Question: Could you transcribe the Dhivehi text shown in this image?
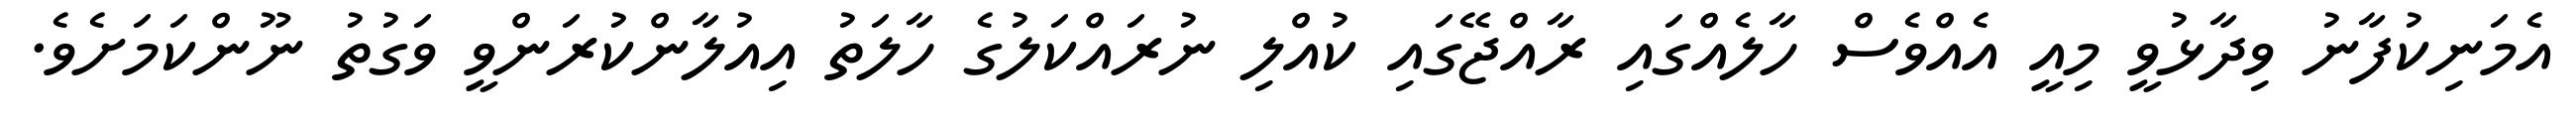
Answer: އެމަނިކުފާނު ވިދާޅުވީ މިއީ އެއްވެސް ހާލެއްގައި ރާއްޖޭގައި ކުއްލި ނުރައްކަލުގެ ހާލަތު އިއުލާންކުރަންވީ ވަގުތު ނޫންކަމަށެވެ.